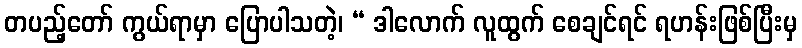
တပည့်တော် ကွယ်ရာမှာ ပြောပါသတဲ့၊ “ ဒါလောက် လူထွက် စေချင်ရင် ရဟန်းဖြစ်ပြီးမှ